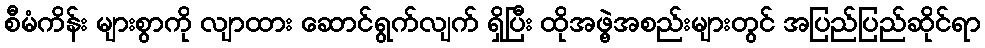
စီမံကိန်း များစွာကို လျာထား ဆောင်ရွက်လျက် ရှိပြီး ထိုအဖွဲ့အစည်းများတွင် အပြည်ပြည်ဆိုင်ရာ